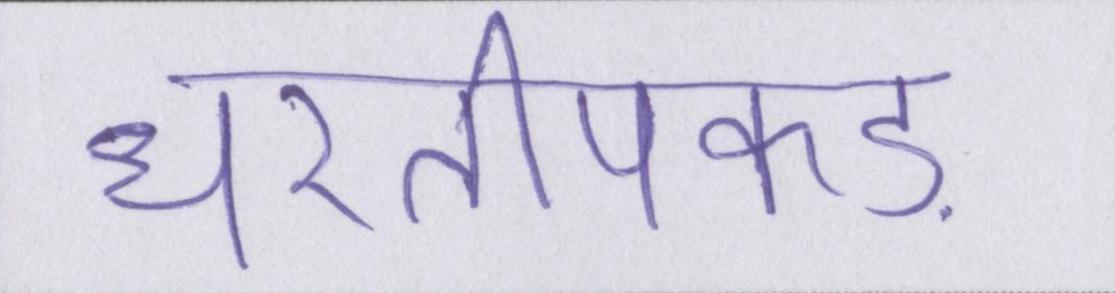
धरतीपकड़